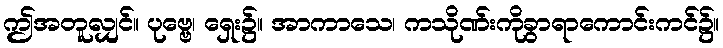
ဤအတူလျှင်။ ပုဗ္ဗေ၊ ရှေး၌။ အာကာသေ၊ ကသိုဏ်းကိုခွာရာကောင်းကင်၌။